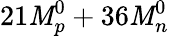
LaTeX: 21\mathit{M}_{p}^{0}+36\mathit{M}_{n}^{0}